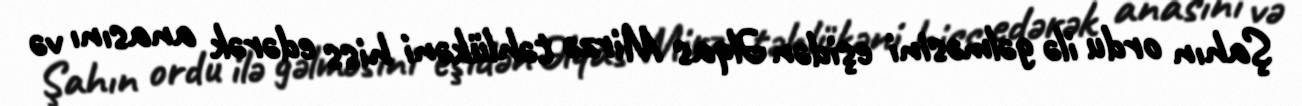
Şahın ordu ilə gəlməsini eşidən Əlqas Mirzə təhlükəni hiss edərək anasını və